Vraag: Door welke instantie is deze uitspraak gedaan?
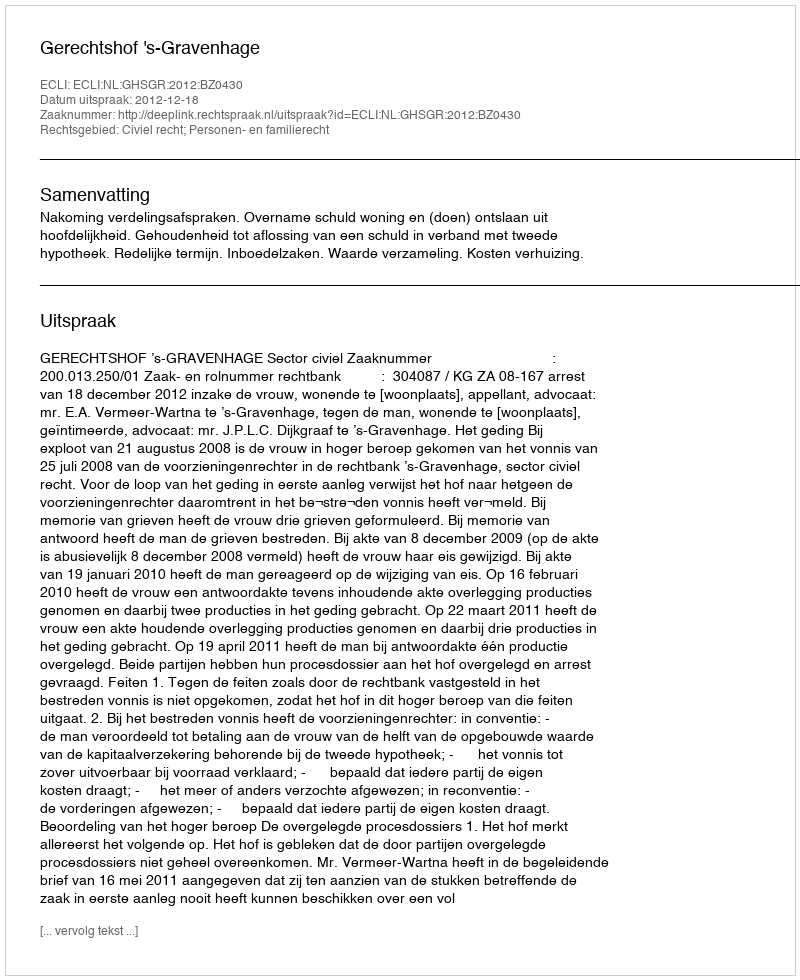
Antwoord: Gerechtshof 's-Gravenhage